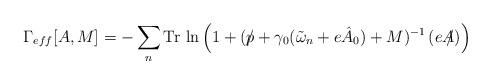
LaTeX: \begin{align*}\Gamma_{eff} [A,M] = - \sum_{n}{\rm Tr}\,\ln\left(1+(p\!\!\!\slash + \gamma_{0}(\tilde{\omega}_{n}+e\hat{A}_{0}) +M)^{-1}\,(eA\!\!\!\slash)\right)\end{align*}